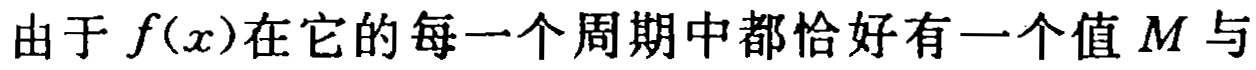
由于 \(f(x)\)在它的每一个周期中都恰好有一个值 \(M\)与